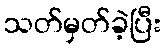
သတ်မှတ်ခဲ့ပြီး